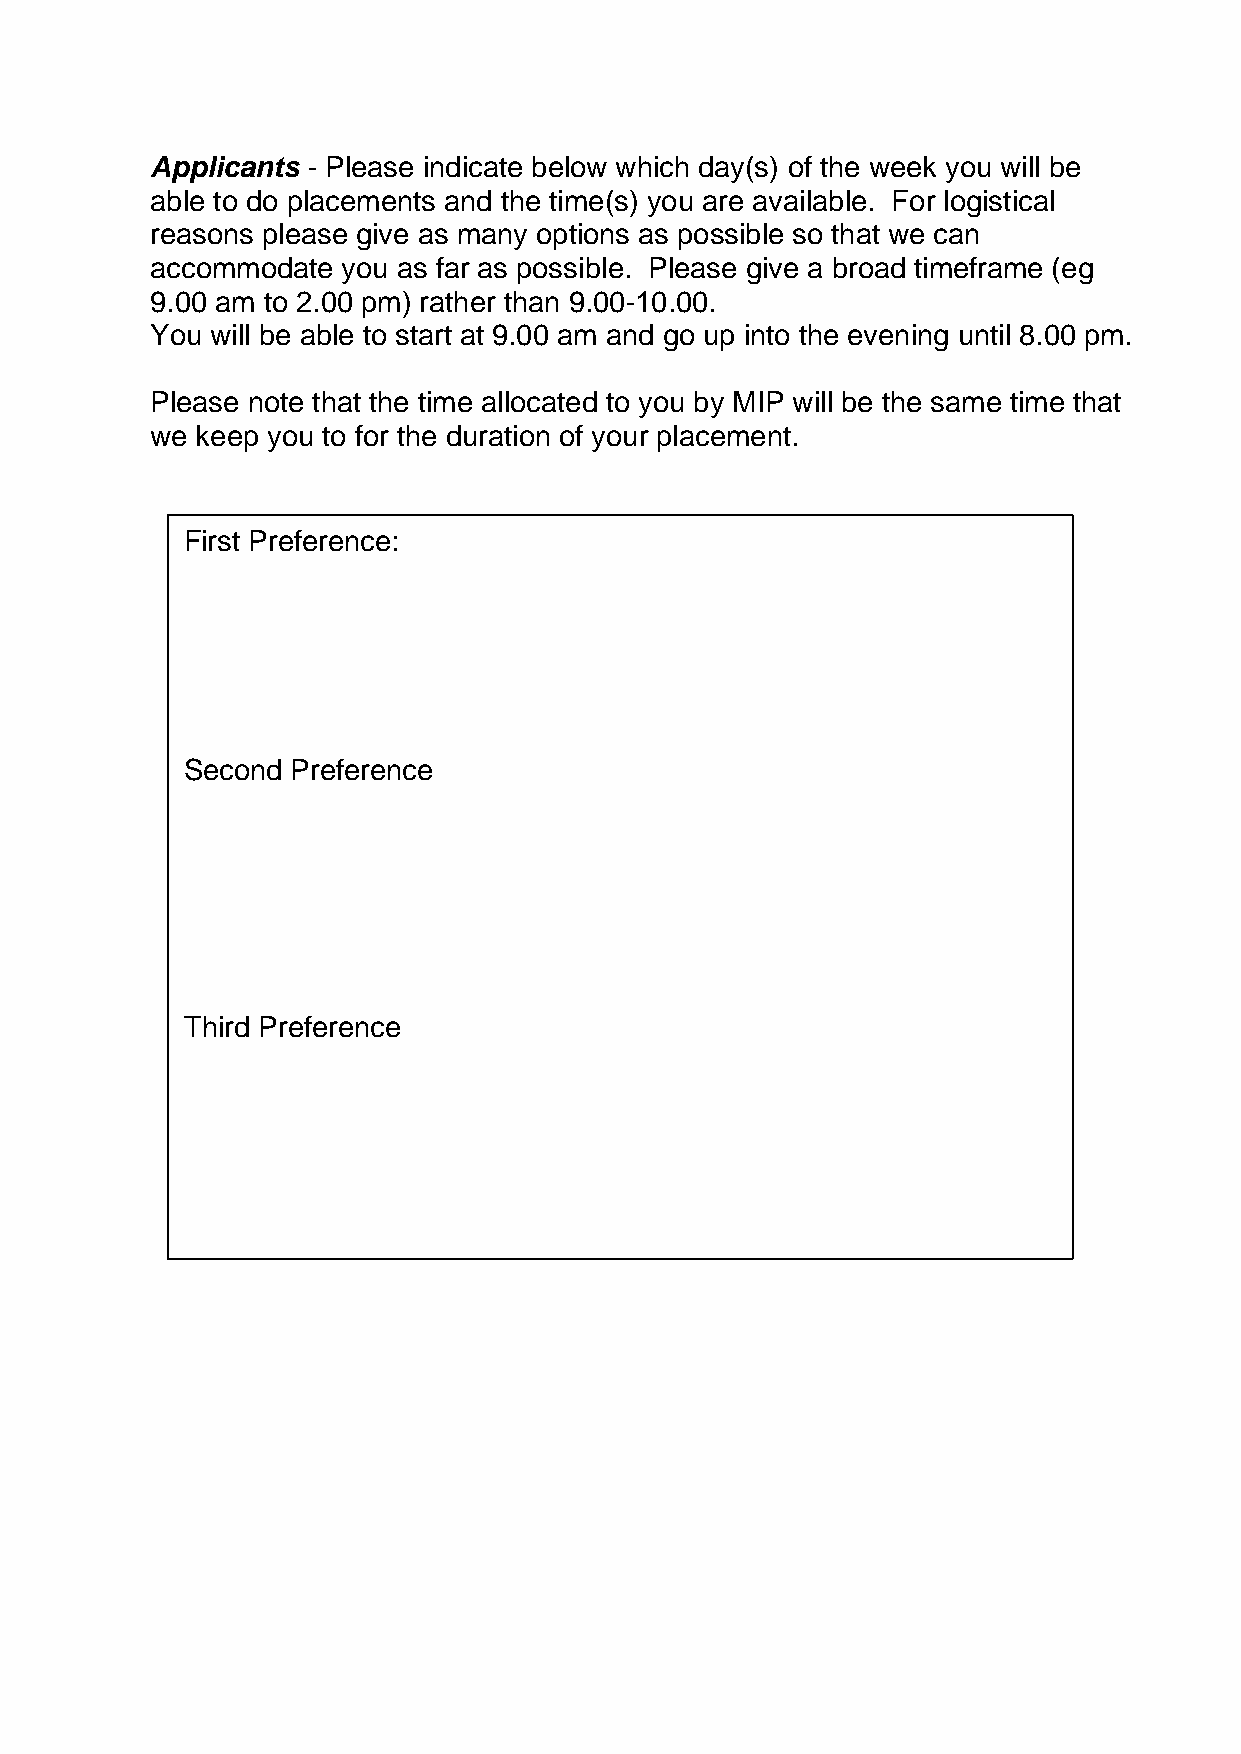
Applicants - Please indicate below which day(s) of the week you will be
 able to do placements and the time(s) you are available. For logistical
 reasons please give as many options as possible so that we can
 accommodate  you as far as possible. Please give a broad timeframe (eg
 9.00 am to 2.00 pm) rather than 9.00-10.00.
 You will be able to start at 9.00 am and go up into the evening until 8.00 pm.
 Please note that the time allocated to you by MIP will be the same time that
 we keep you to for the duration of your placement.
 First Preference:
 Second Preference
 Third Preference